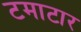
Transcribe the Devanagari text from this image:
टमाटार